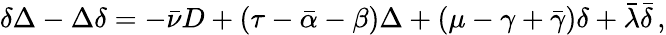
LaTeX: \delta\Delta-\Delta\delta=-{\bar{\nu}}D+(\tau-{\bar{\alpha}}-\beta)\Delta+(\mu-\gamma+{\bar{\gamma}})\delta+{\bar{\lambda}}{\bar{\delta}}\, ,